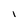
Character: 1